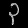
Digit: ၃